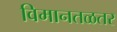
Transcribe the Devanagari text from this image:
विमानतळतर